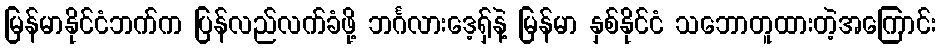
မြန်မာနိုင်ငံဘက်က ပြန်လည်လက်ခံဖို့ ဘင်္ဂလားဒေ့ရှ်နဲ့ မြန်မာ နှစ်နိုင်ငံ သဘောတူထားတဲ့အကြောင်း